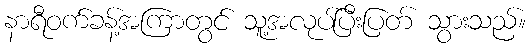
နာရီဝက်ခန့်အကြာတွင် သူ့အလုပ်ပြီးပြတ် သွားသည်။